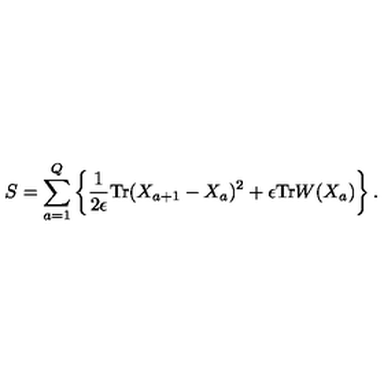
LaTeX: S = \sum _ { a = 1 } ^ { Q } \left\{ \frac { 1 } { 2 \epsilon } \mathrm { T r } ( X _ { a + 1 } - X _ { a } ) ^ { 2 } + \epsilon \mathrm { T r } W ( X _ { a } ) \right\} .